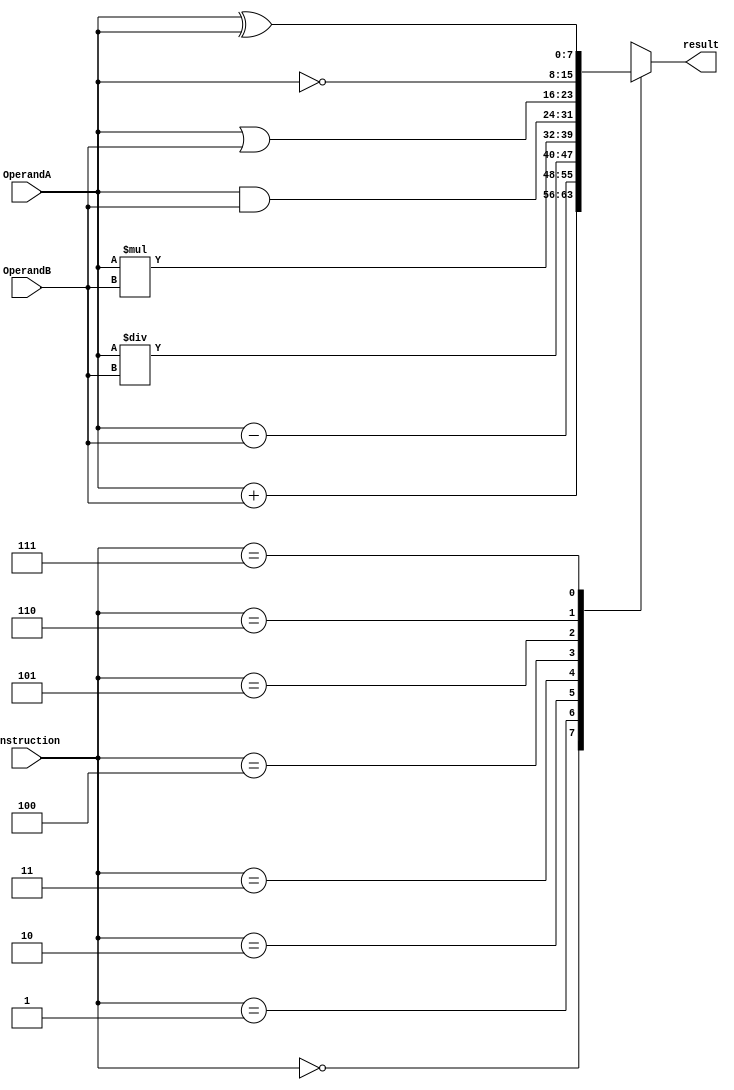
`timescale 1ns / 1ps

module alu(
input [2:0]instruction,
input [7:0]OperandA,OperandB,
output reg [7:0]result
    );
    
always @(*)begin
case(instruction)
3'b000:
    result = OperandA + OperandB;
3'b001:
    result = OperandA - OperandB;
3'b010:
    result = OperandA / OperandB;
3'b011:
    result = OperandA * OperandB;  
3'b100:
    result = OperandA & OperandB; 
3'b101:
    result = OperandA | OperandB;
3'b110:
    result = ~OperandA;
3'b111:
    result = OperandA ^ OperandA;
default:
    result = 0;
endcase
end
endmodule